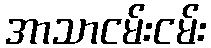
အာသာငမ်းငမ်း